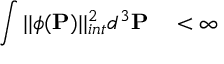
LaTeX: \int | | \phi ( { \bf P } ) | | _ { i n t } ^ { 2 } d ^ { 3 } { \bf P } \quad < \infty